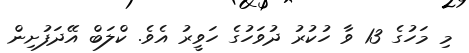
މި މަހުގެ 13 ވާ ހުކުރު ދުވަހުގެ ހަވީރު އެވެ. ކްލަބް އޭދަފުށިން